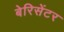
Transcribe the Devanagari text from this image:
बेरिसेंटर